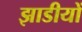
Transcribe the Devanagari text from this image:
झाडीयों